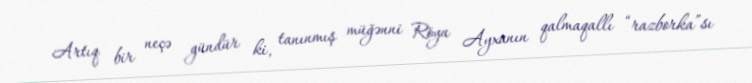
Artıq bir neçə gündür ki, tanınmış müğənni Röya Ayxanın qalmaqallı “razborka”sı